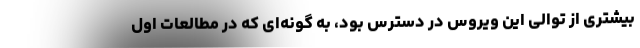
بیشتری از توالی این ویروس در دسترس بود، به گونه‌ای که در مطالعات اول